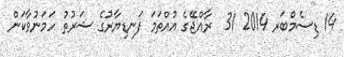
14 ޑިސެމްބަރ 2014 31  ރާއްޖޭގެ އުއްތަމަ ފަނޑިޔާރުގެ ޝަރުތު ހަމަނުވާކަން